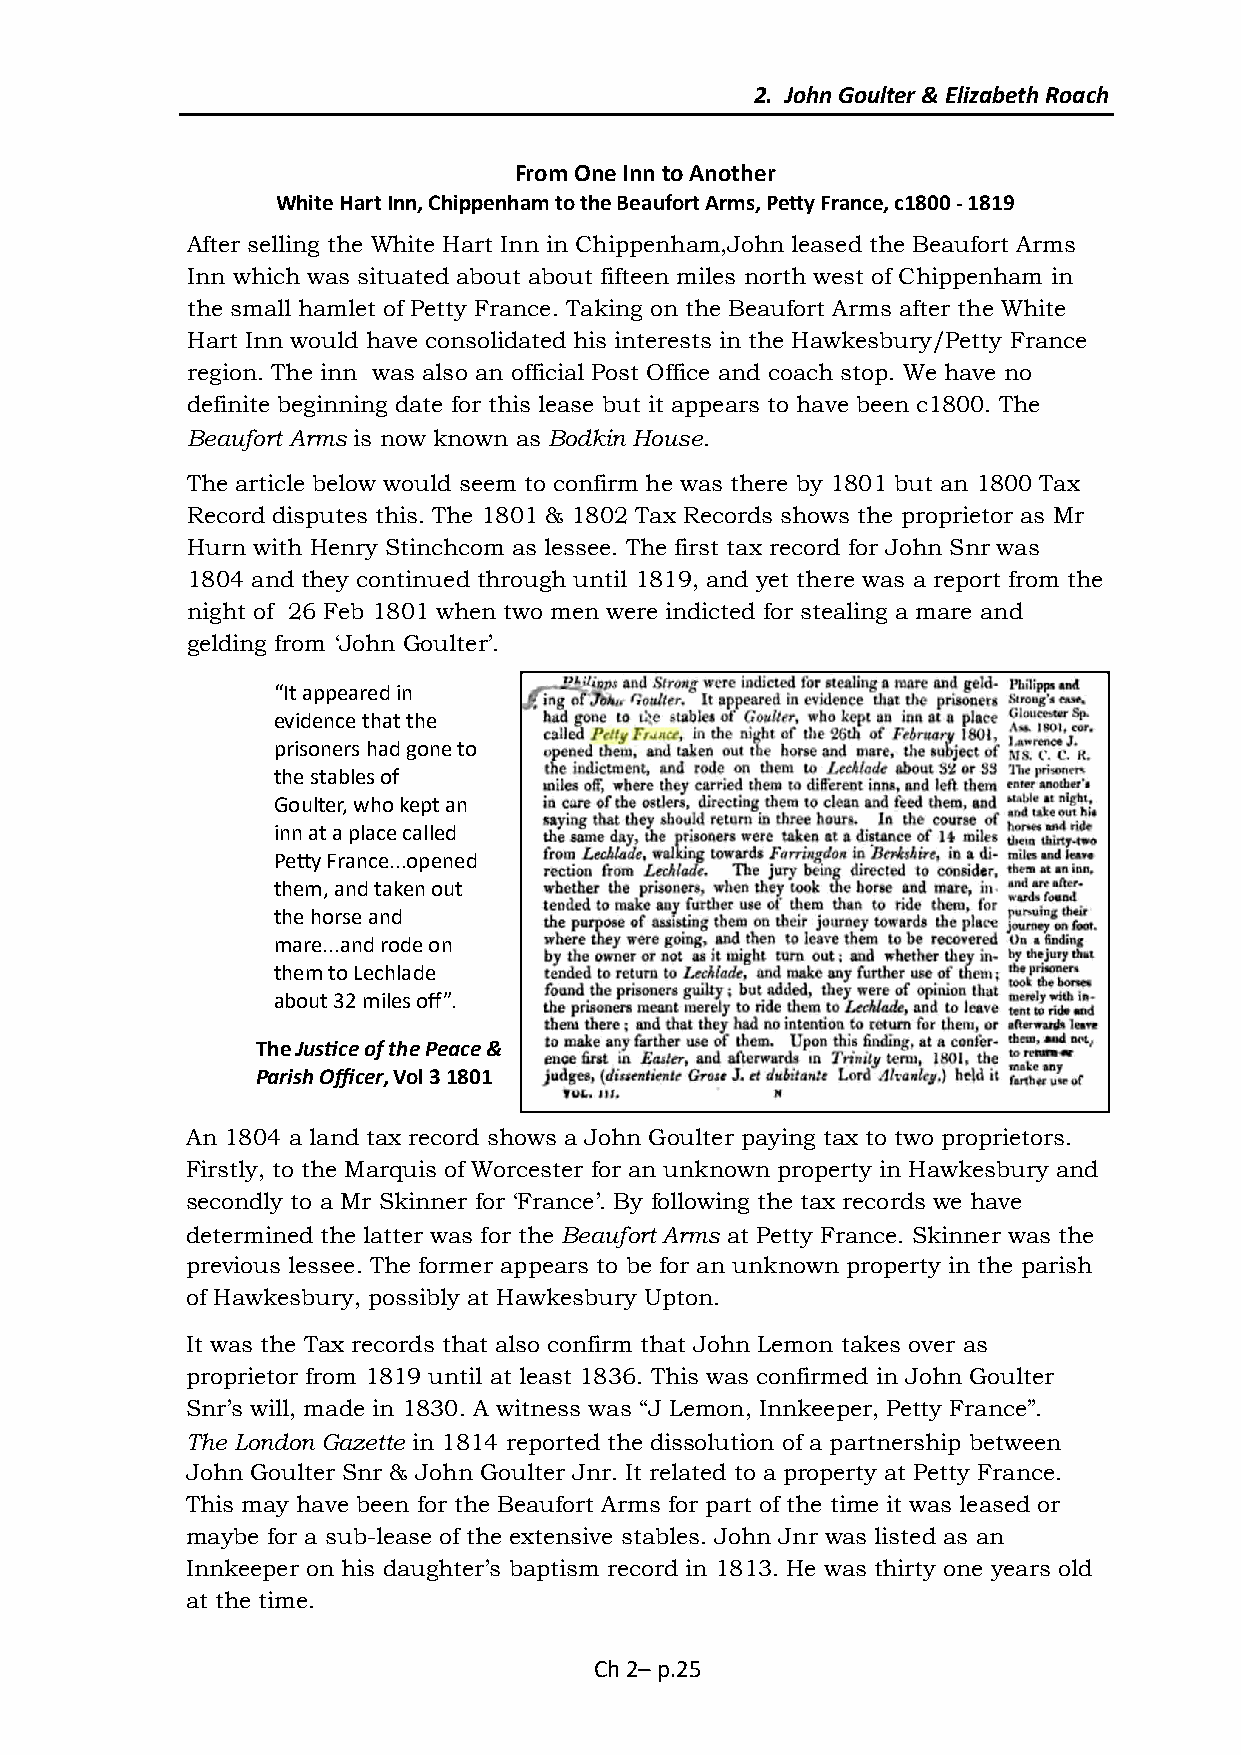
2. John Goulter & Elizabeth Roach
 From One Inn to Another
 White Hart Inn, Chippenham to the Beaufort Arms, Petty France, c1800 - 1819
 After selling the White Hart Inn in Chippenham,John leased the Beaufort Arms
 Inn which was situated about about fifteen miles north west of Chippenham in
 the small hamlet of Petty France. Taking on the Beaufort Arms after the White
 Hart Inn would have consolidated his interests in the Hawkesbury/Petty France
 region. The inn was also an official Post Office and coach stop. We have no
 definite beginning date for this lease but it appears to have been c1800. The
 Beaufort Arms is now known as Bodkin House.
 The article below would seem to confirm he was there by 1801 but an 1800 Tax
 Record disputes this. The 1801 & 1802 Tax Records shows the proprietor as Mr
 Hurn with Henry Stinchcom as lessee. The first tax record for John Snr was
 1804 and they continued through until 1819, and yet there was a report from the
 night of 26 Feb 1801 when two men were indicted for stealing a mare and
 gelding from ‘John Goulter’.
 “It appeared in
 evidence that the
 prisoners had gone to
 the stables of
 Goulter, who kept an
 inn at a place called
 Petty France...opened
 them, and taken out
 the horse and
 mare...and rode on
 them to Lechlade
 about 32 miles off”.
 The Justice of the Peace &
 Parish Officer, Vol 3 1801
 An 1804 a land tax record shows a John Goulter paying tax to two proprietors.
 Firstly, to the Marquis of Worcester for an unknown property in Hawkesbury and
 secondly to a Mr Skinner for ‘France’. By following the tax records we have
 determined the latter was for the Beaufort Arms at Petty France. Skinner was the
 previous lessee. The former appears to be for an unknown property in the parish
 of Hawkesbury, possibly at Hawkesbury Upton.
 It was the Tax records that also confirm that John Lemon takes over as
 proprietor from 1819 until at least 1836. This was confirmed in John Goulter
 Snr’s will, made in 1830. A witness was “J Lemon, Innkeeper, Petty France”.
 The London Gazette in 1814 reported the dissolution of a partnership between
 John Goulter Snr & John Goulter Jnr. It related to a property at Petty France.
 This may have been for the Beaufort Arms for part of the time it was leased or
 maybe for a sub-lease of the extensive stables. John Jnr was listed as an
 Innkeeper on his daughter’s baptism record in 1813. He was thirty one years old
 at the time.
 Ch 2– p.25